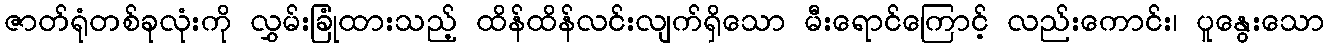
ဇာတ်ရုံတစ်ခုလုံးကို လွှမ်းခြုံထားသည့် ထိန်ထိန်လင်းလျက်ရှိသော မီးရောင်ကြောင့် လည်းကောင်း၊ ပူနွေးသော